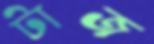
টাজ